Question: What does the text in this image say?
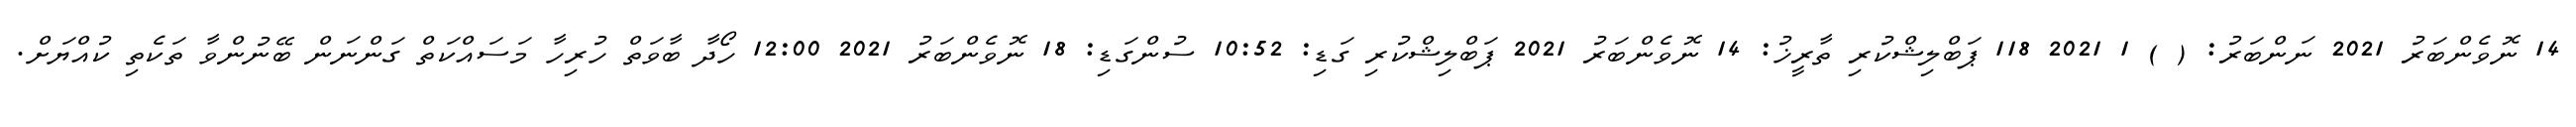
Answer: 14 ނޮވެންބަރު 2021 ނަންބަރު: ( ) 1 2021 118 ޕަބްލިޝްކުރި ތާރީޚު: 14 ނޮވެންބަރު 2021 ޕަބްލިޝްކުރި ގަޑި: 10:52 ސުންގަޑި: 18 ނޮވެންބަރު 2021 12:00 ހޯދާ ބާވަތް ހުރިހާ މަސައްކަތް ގަންނަން ބޭނުންވާ ތަކެތި ކުއްޔަށް.